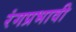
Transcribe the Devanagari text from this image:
रंगप्रभावी